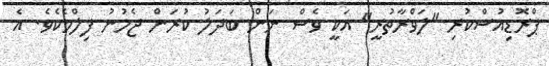
ޕްރޮޑިއުސްކުރި "ލަވްރާތުރީ" އަކީ ވެސް ނަން ބަދަލު ކުރަން ޖެހުނު ފިލްމެކެވެ. އެ